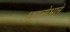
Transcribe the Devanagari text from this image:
धनलोभाने